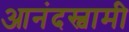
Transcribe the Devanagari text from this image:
आनंदस्वामी